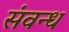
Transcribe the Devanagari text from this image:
संवन्ध